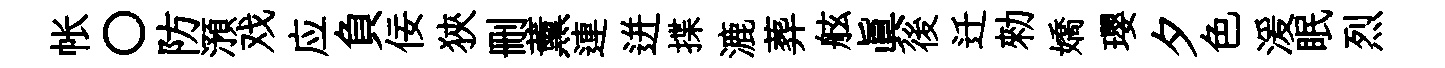
帐〇防澦戏应負佞狹删薰連迸揲漉葬舷眞後迁勑嬌瓔夕色湲眠烈